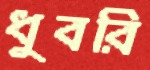
ধুবরি